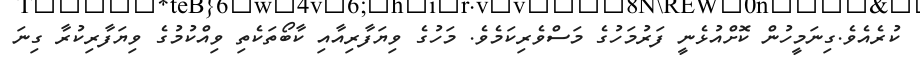
ކުރެއެވެ.ގިނަމީހުން ކޮށްއުޅެނީ ފަރުމަހުގެ މަސްވެރިކަމެވެ. މަހުގެ ވިޔަފާރިއާއި ކާބޯތަކެތި ވިއްކުމުގެ ވިޔަފާރިކުރާ ގިނަ